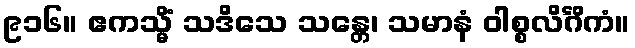
၉၁၆။ ဧကသ္မိံ သဒိသေ သန္တေ၊ သမာနံ ဝါစ္စလိင်္ဂိကံ။